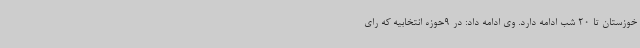
خوزستان تا 20 شب ادامه دارد. وی ادامه داد: در 9حوزه انتخابیه که رای